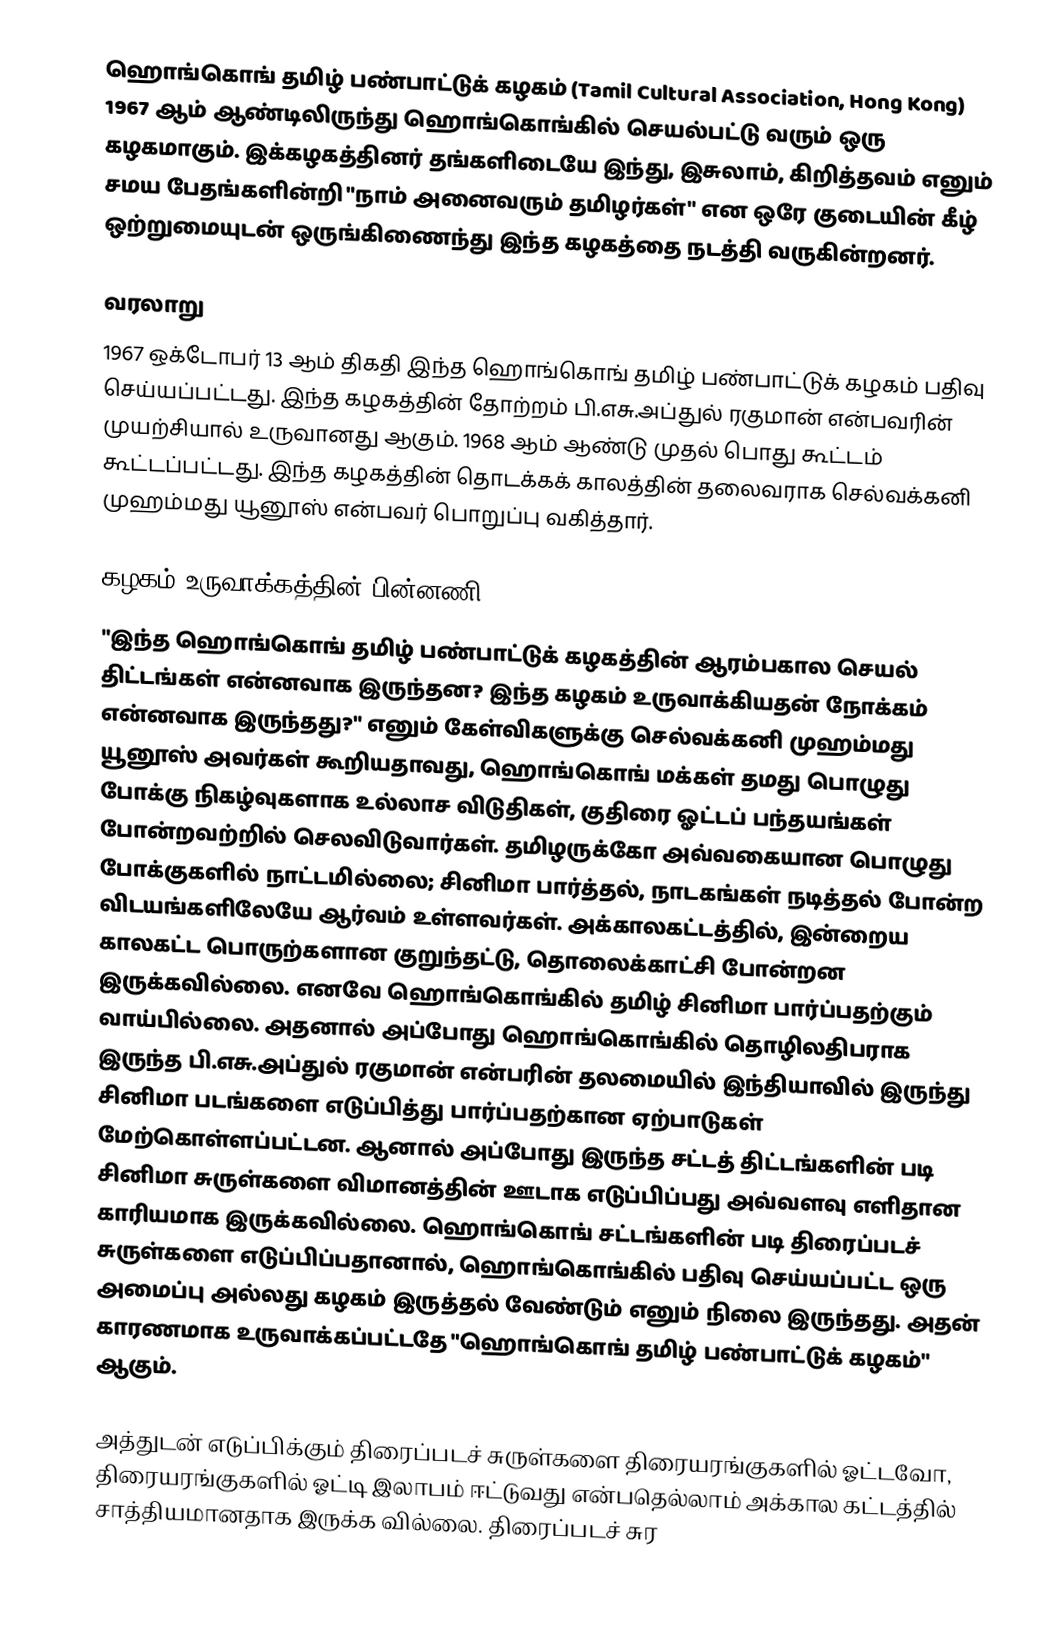
ஹொங்கொங் தமிழ் பண்பாட்டுக் கழகம் (Tamil Cultural Association, Hong Kong) 1967 ஆம் ஆண்டிலிருந்து ஹொங்கொங்கில் செயல்பட்டு வரும் ஒரு கழகமாகும். இக்கழகத்தினர் தங்களிடையே இந்து, இசுலாம், கிறித்தவம் எனும் சமய பேதங்களின்றி "நாம் அனைவரும் தமிழர்கள்" என ஒரே குடையின் கீழ் ஒற்றுமையுடன் ஒருங்கிணைந்து இந்த கழகத்தை நடத்தி வருகின்றனர்.

வரலாறு
1967 ஒக்டோபர் 13 ஆம் திகதி இந்த ஹொங்கொங் தமிழ் பண்பாட்டுக் கழகம் பதிவு செய்யப்பட்டது. இந்த கழகத்தின் தோற்றம் பி.எசு.அப்துல் ரகுமான் என்பவரின் முயற்சியால் உருவானது ஆகும். 1968 ஆம் ஆண்டு முதல் பொது கூட்டம் கூட்டப்பட்டது. இந்த கழகத்தின் தொடக்கக் காலத்தின் தலைவராக செல்வக்கனி முஹம்மது யூனூஸ் என்பவர் பொறுப்பு வகித்தார்.

கழகம் உருவாக்கத்தின் பின்னணி
"இந்த ஹொங்கொங் தமிழ் பண்பாட்டுக் கழகத்தின் ஆரம்பகால செயல் திட்டங்கள் என்னவாக இருந்தன? இந்த கழகம் உருவாக்கியதன் நோக்கம் என்னவாக இருந்தது?" எனும் கேள்விகளுக்கு செல்வக்கனி முஹம்மது யூனூஸ் அவர்கள் கூறியதாவது, ஹொங்கொங் மக்கள் தமது பொழுது போக்கு நிகழ்வுகளாக உல்லாச விடுதிகள், குதிரை ஓட்டப் பந்தயங்கள் போன்றவற்றில் செலவிடுவார்கள். தமிழருக்கோ அவ்வகையான பொழுது போக்குகளில் நாட்டமில்லை; சினிமா பார்த்தல், நாடகங்கள் நடித்தல் போன்ற விடயங்களிலேயே ஆர்வம் உள்ளவர்கள்.  அக்காலகட்டத்தில், இன்றைய காலகட்ட பொருற்களான குறுந்தட்டு, தொலைக்காட்சி போன்றன இருக்கவில்லை. எனவே ஹொங்கொங்கில் தமிழ் சினிமா பார்ப்பதற்கும் வாய்பில்லை. அதனால் அப்போது ஹொங்கொங்கில் தொழிலதிபராக இருந்த பி.எசு.அப்துல் ரகுமான் என்பரின் தலமையில் இந்தியாவில் இருந்து சினிமா படங்களை எடுப்பித்து பார்ப்பதற்கான ஏற்பாடுகள் மேற்கொள்ளப்பட்டன. ஆனால் அப்போது இருந்த சட்டத் திட்டங்களின் படி சினிமா சுருள்களை விமானத்தின் ஊடாக எடுப்பிப்பது அவ்வளவு எளிதான காரியமாக இருக்கவில்லை. ஹொங்கொங் சட்டங்களின் படி திரைப்படச் சுருள்களை எடுப்பிப்பதானால், ஹொங்கொங்கில் பதிவு செய்யப்பட்ட ஒரு அமைப்பு அல்லது கழகம் இருத்தல் வேண்டும் எனும் நிலை இருந்தது. அதன் காரணமாக உருவாக்கப்பட்டதே "ஹொங்கொங் தமிழ் பண்பாட்டுக் கழகம்" ஆகும்.

அத்துடன் எடுப்பிக்கும் திரைப்படச் சுருள்களை திரையரங்குகளில் ஓட்டவோ, திரையரங்குகளில் ஓட்டி இலாபம் ஈட்டுவது என்பதெல்லாம் அக்கால கட்டத்தில் சாத்தியமானதாக இருக்க வில்லை. திரைப்படச் சுர